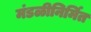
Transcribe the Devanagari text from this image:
मंडळीनिर्मित